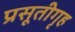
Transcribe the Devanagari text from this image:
प्रसूतीगृह